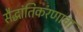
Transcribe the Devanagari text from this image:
सैद्धांतिकरणाचा